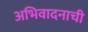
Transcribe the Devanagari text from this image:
अभिवादनाची